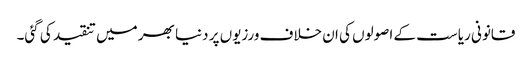
قانونی ریاست کے اصولوں کی ان خلاف ورزیوں پر دنیا بھر میں تنقید کی گئی۔